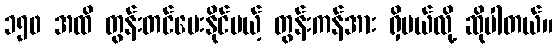
၁၅၀ အထိ တွန်းတင်ပေးနိုင်မယ့် တွန်းကန်အား ရှိမယ်လို့ ဆိုပါတယ်။